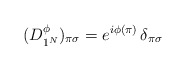
\begin{align*}(D^{\phi}_{1^N})_{\pi\sigma} = e^{i\phi(\pi)}\,\delta_{\pi\sigma}\end{align*}